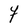
Character: Y